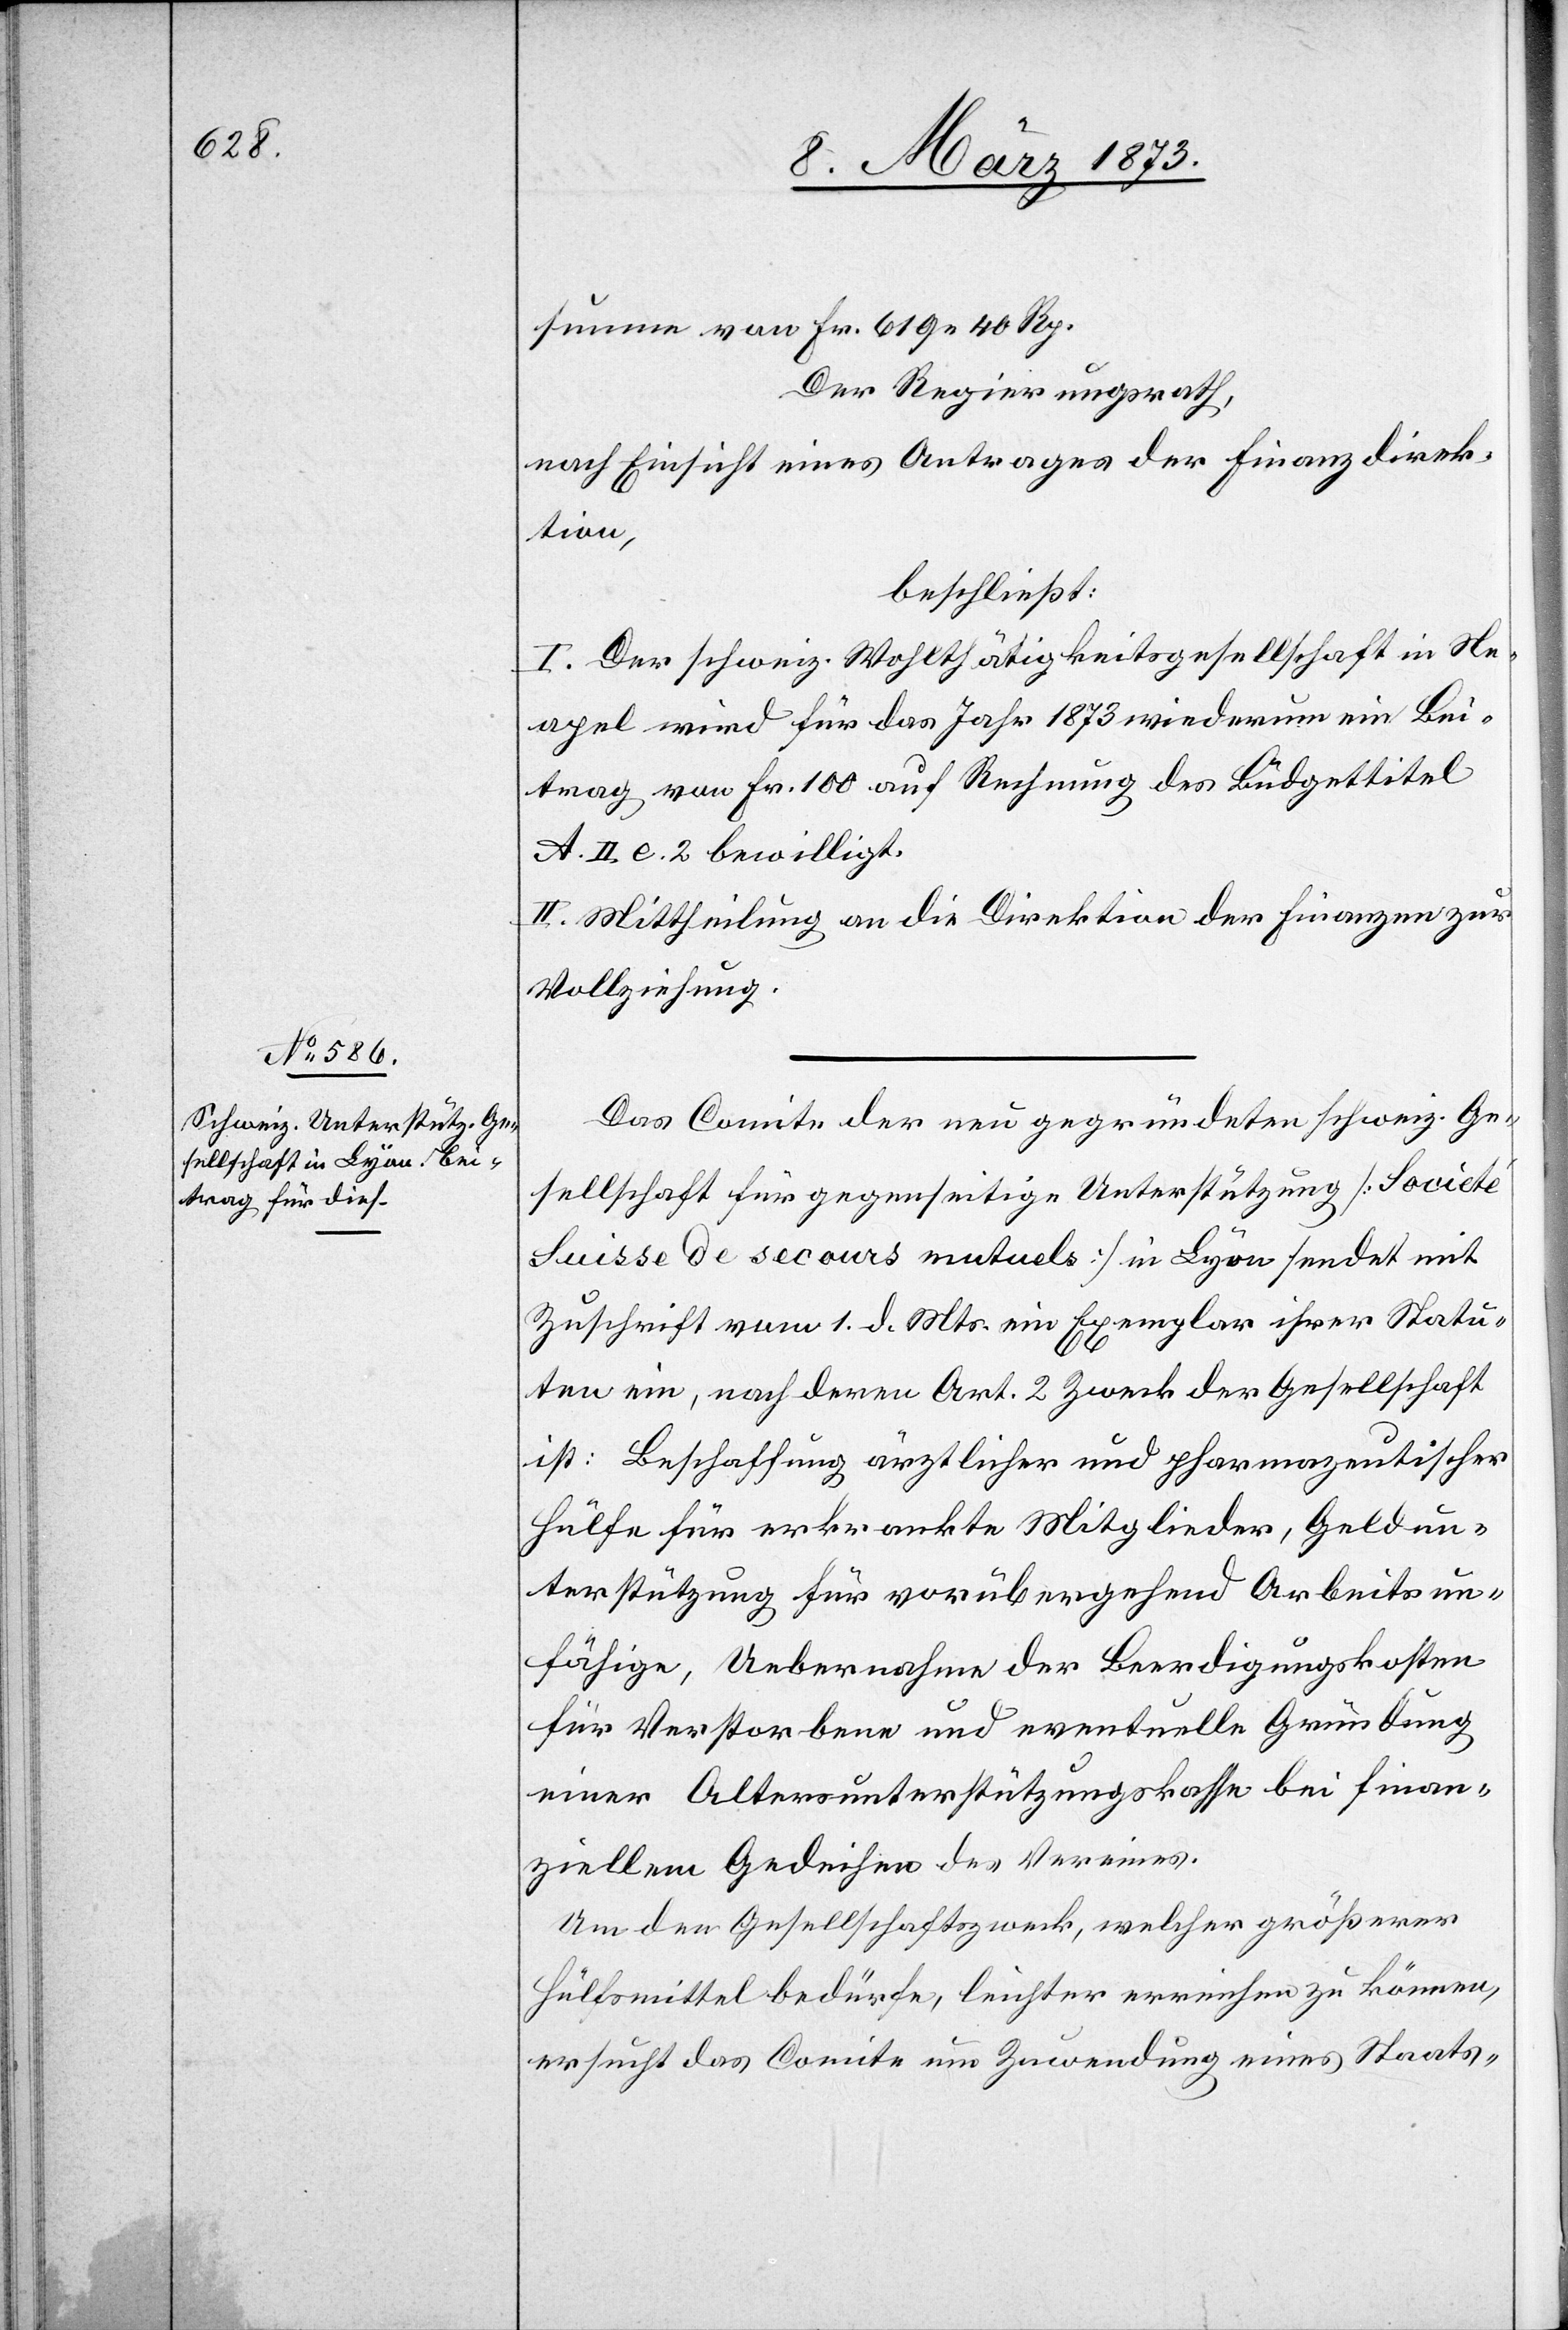
summe von Fr. 619. 40 Rp.
Der Regierungsrath,
nach Einsicht eines Antrages der Finanzdirek¬
tion,
beschließt:
I. Der schweiz. Wohlthätigkeitsgesellschaft in Ne¬
apel wird für das Jahr 1873 wiederum ein Bei¬
trag von Fr. 100 auf Rechnung des Budgettitel
A. II. l. 2 bewilligt.
II. Mittheilung an die Direktion der Finanzen zur
Vollziehung.
Das Comite der neu gegründeten schweiz. Ge¬
sellschaft für gegenseitige Unterstützung [Societé
Suisse de secours mutuels] in Lyon sendet mit
Zuschrift vom 1. d. Mts. ein Exemplar ihrer Statu¬
ten ein, nach deren Art. 2 Zweck der Gesellschaft
ist: Beschaffung ärztlicher und pharmazeutischer
Hülfe für erkrankte Mitglieder, Geldun¬
terstützung für vorübergehend Arbeitsun¬
fähige, Uebernahme der Beerdigungskosten
für Verstorbene und eventuelle Gründung
einer Altersunterstützungskasse bei finan¬
ziellem Gedeihen des Vereines.
Um den Gesellschaftszweck, welcher größerer
Hülfsmittel bedürfe, leichter erreichen zu können,
ersucht das Comite um Zuwendung eines Staats-